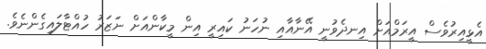
އެޅީއިރުވެސް އީރަމްއަށް އިނދެވުނީ އޭނާއާއި ނުހަނު ކައިރީ އިން މީކާންއަށް ނަޒަރު ހުއްޓާލައިގެންނެވެ.